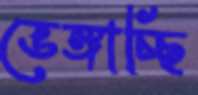
ভেঙ্গাচ্ছি